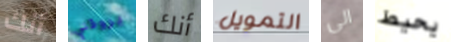
أنك يروقني أنك التمويل الى يحيط